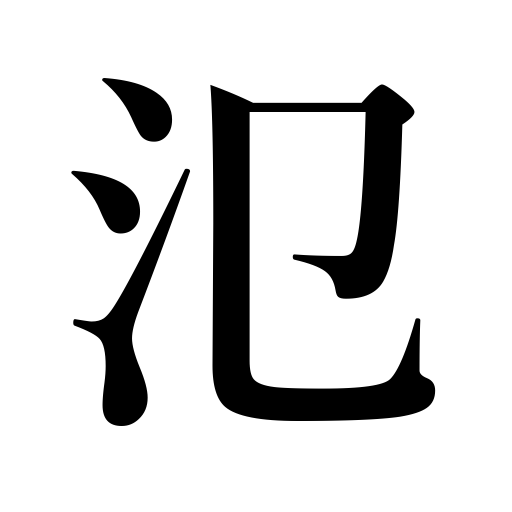
Meanings: wide,spread out